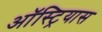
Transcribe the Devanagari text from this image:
ऑस्ट्रियास